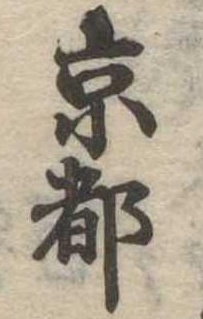
京都